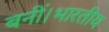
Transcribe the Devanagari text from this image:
बनीं।भारतीय